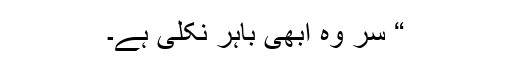
“ سر وہ ابھی باہر نکلی ہے۔